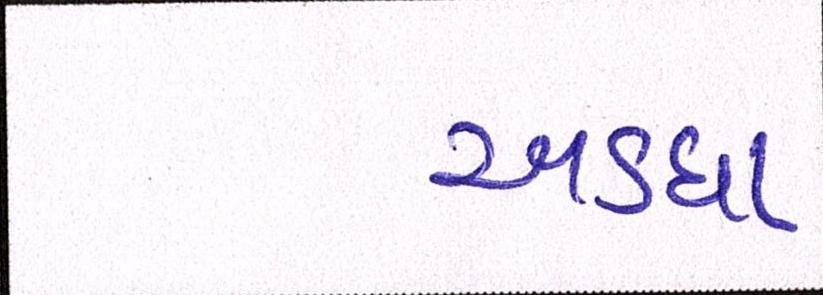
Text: અડધા